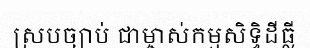
ស្របច្បាប់ ជាម្ចាស់កម្មសិទ្ធិដីធ្លី